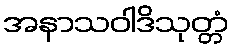
အနာသဝါဒိသုတ္တံ